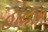
હોટાસ